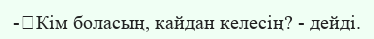
-	Кім боласың, кайдан келесің? - дейді.